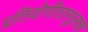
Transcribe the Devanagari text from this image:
प्रतियोगीतामूलक